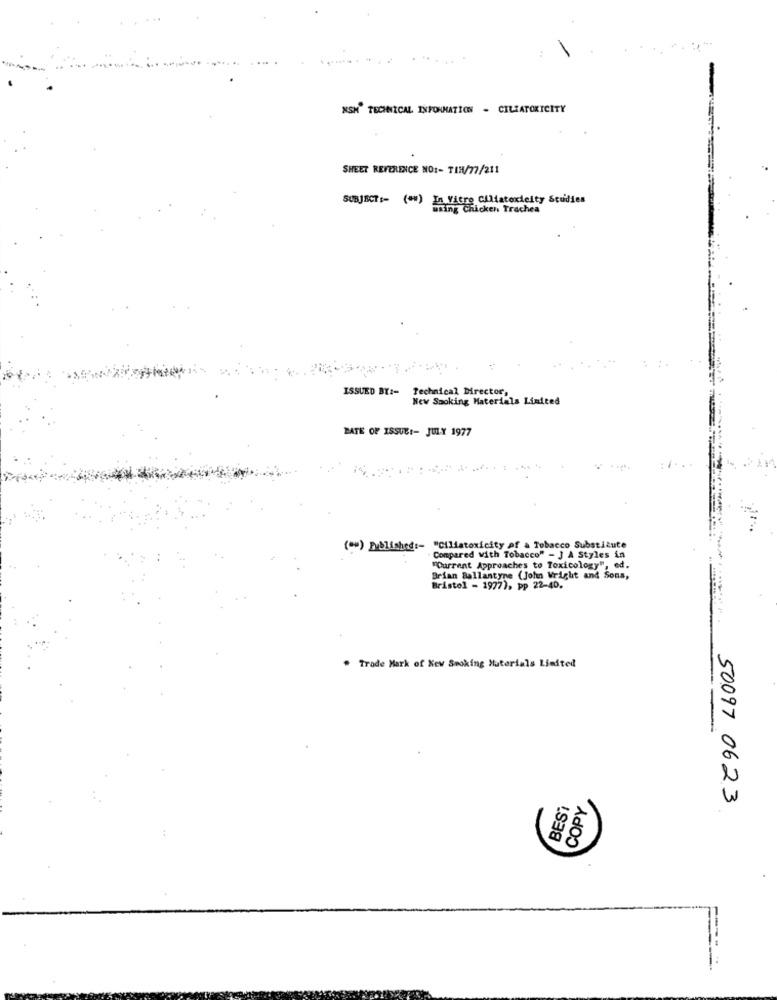
NSH" TECHNICAL INFORMATION - CILZATOKICITY
SHEET REFERENCE NO :- TIN/77/211
SUBJECT :- ( ** ) In Vitro Ciliatoxicity Studies
maing Chicken Trachea
ISSUED BY :-
Technical Director,
New Smoking Materials Limited
DATE OF ISSUE :- JULY 1977
( ** ) Published :- "Ciliatoxicity of a Tobacco Substitute
Compared with Tobacco" - J A Styles in
"Current Approaches to Toxicology", ed.
Brian Ballantyne (John Wright and Sons,
Bristol - 1977), pp 22-40.
. Trade Mark of New Smoking Materials Liedted
BEST
COPY
50097 0623